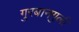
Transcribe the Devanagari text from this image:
गुरबानगुली